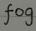
fog